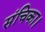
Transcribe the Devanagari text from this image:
संचिका।